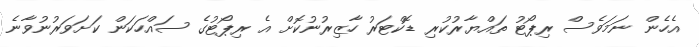
އެހެން ނަމަވެސް ރިޕޯޓު ތައްޔާރުކުރި ޑޮކްޓަރު ހާޒިރުނުކޮށް އެ ރިޕޯޓުގެ ސައްހަކަން ކަށަވަރުނުވާނެ